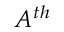
A ^ { t h }